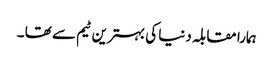
ہمارا مقابلہ دنیا کی بہترین ٹیم سے تھا ۔